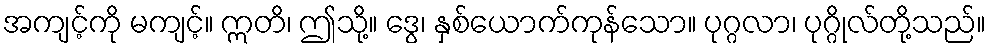
အကျင့်ကို မကျင့်။ ဣတိ၊ ဤသို့။ ဒွေ၊ နှစ်ယောက်ကုန်သော။ ပုဂ္ဂလာ၊ ပုဂ္ဂိုလ်တို့သည်။